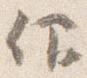
仰